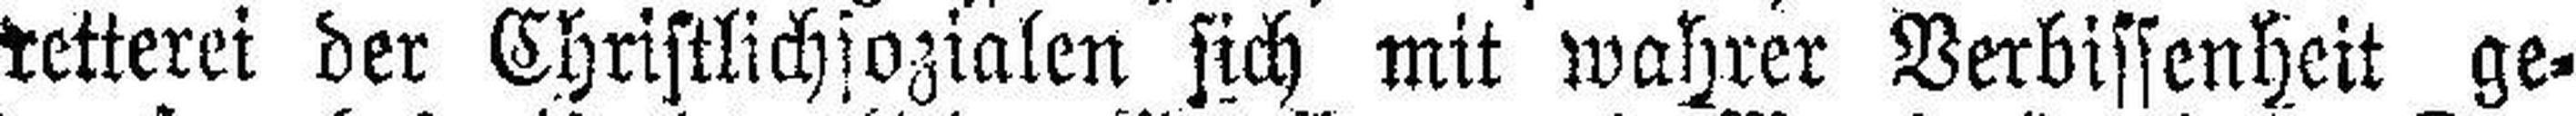
retterei der Christlichsozialen sich mit wahrer Verbissenheit ge¬